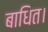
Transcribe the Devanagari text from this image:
बाधित।